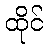
ထိုင်